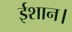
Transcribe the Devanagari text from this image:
ईशान।